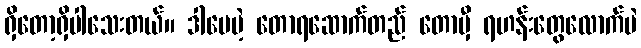
ရှိတော့ရှိပါသေးတယ်။ ဒါပေမဲ့ တောရဆောက်တည် တောမှီ ရဟန်းတွေလောက်ပဲ